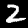
Label: 2